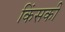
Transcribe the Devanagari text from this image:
किंसकी